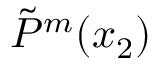
\Tilde { P } ^ { m } ( x _ { 2 } )